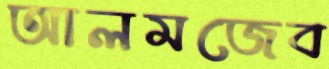
আলমজেব